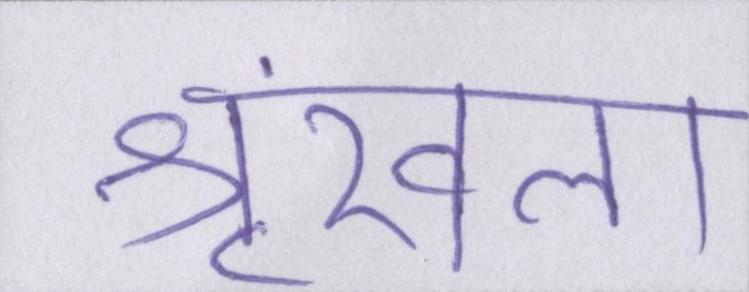
श्रृंखला